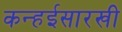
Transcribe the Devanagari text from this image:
कन्हईसारखी